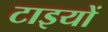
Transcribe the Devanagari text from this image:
टाइयों